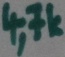
Text: 4,7k